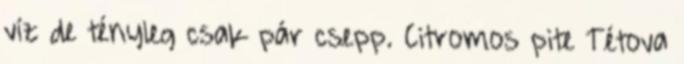
víz de tényleg csak pár csepp. Citromos pite Tétova